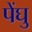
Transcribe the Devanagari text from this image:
पेंघु